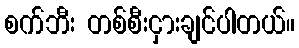
စက်ဘီး တစ်စီးငှားချင်ပါတယ်။